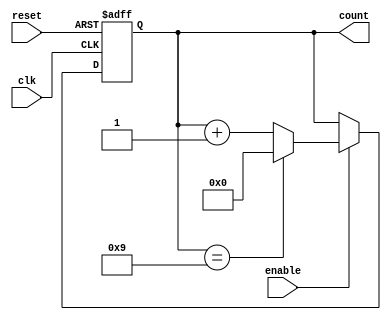
module BCD_Up_Counter_with_Enable (
    input clk,
    input reset,
    input enable,
    output reg [3:0] count
);

reg [3:0] next_count;

always @ (posedge clk or posedge reset) begin
    if (reset) begin
        count <= 4'b0000;
    end else if (enable) begin
        count <= next_count;
    end
end

always @ (*) begin
    if (count == 4'b1001) begin
        next_count = 4'b0000;
    end else begin
        next_count = count + 1;
    end
end

endmodule